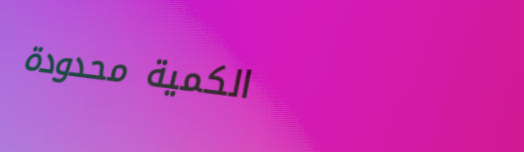
الكمية محدودة